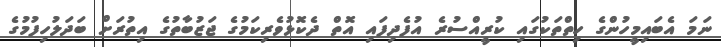
ނަމަ އެބައިމީހުންގެ ހިތްތަކުގައި ކުރީއްސުރެ އުފެދިފައި އޮތް ދެކޮޅުވެރިކަމުގެ ޖަޒުބާތުގެ އިތުރަށް ބަދަލުހިފުމުގެ